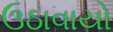
ઉઠાવાયો